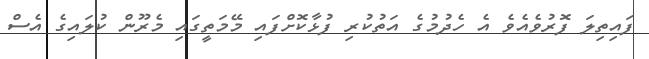
ފައިތިލަ ފޮރުވެއެވެ އެ ހެދުމުގެ އަތުކުރި ފުޅާކޮށްފައި މޭމަތީގައި މެރޫން ކުލައިގެ އެސް